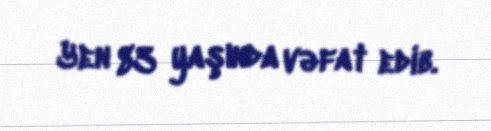
Yen 83 yaşında vəfat edib.